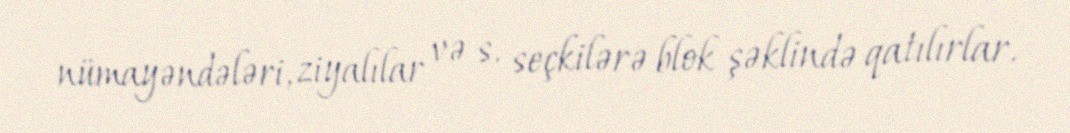
nümayəndələri, ziyalılar və s. seçkilərə blok şəklində qatılırlar.